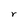
Character: r